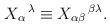
LaTeX: \begin{align*}X_{\alpha}{}^{\,\lambda} \equiv X_{\alpha\beta}{}^{\,\beta\lambda}.\end{align*}